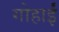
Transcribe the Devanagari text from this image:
गोहार्इं